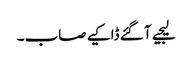
لیجیے آ گئے ڈاکیے صاب۔